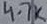
Text: 4.7k